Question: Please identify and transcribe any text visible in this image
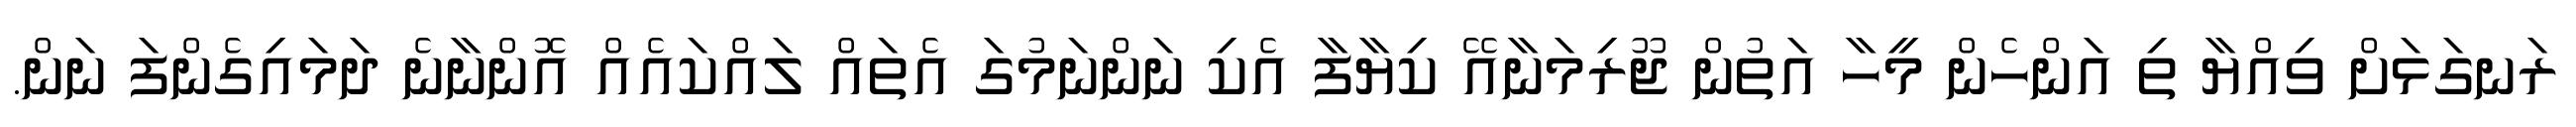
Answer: ރަނގަޅަށް ވިއްޔާ ތި އަންހެން މީހާ އަތުން ޖޫރިމަނާއޭ ކިޔާފާ އެކި ނަންނަމުގަ އެތައް ލައްކައެއް އޮންނާނެ ދަމައިގެންފަ ނަން.